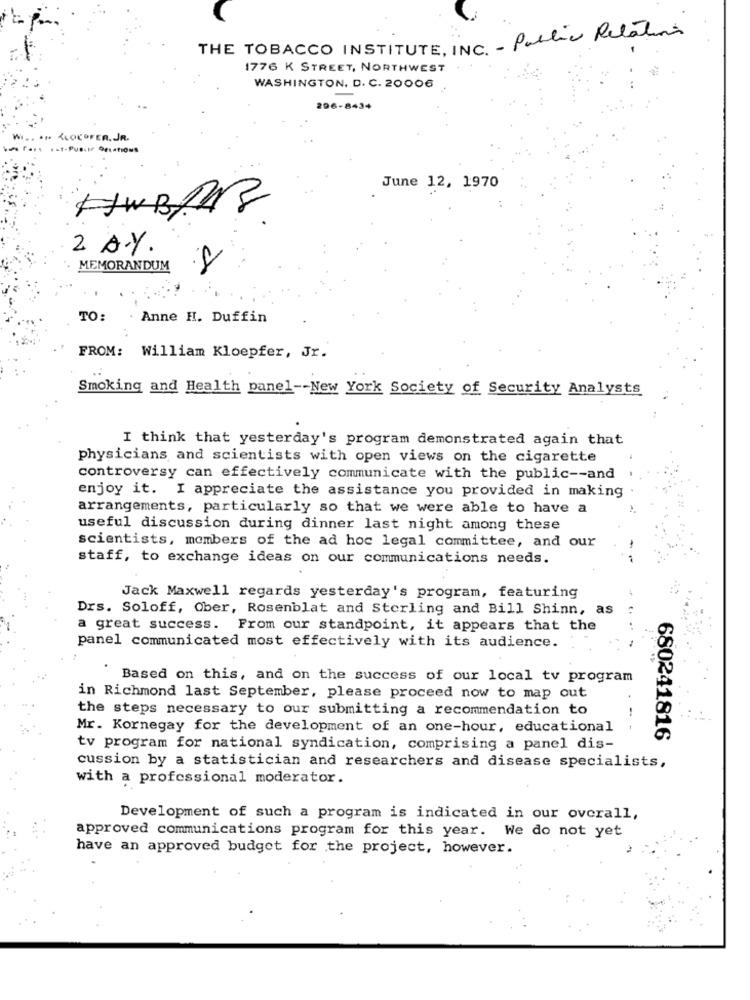
THE TOBACCO INSTITUTE, INC. - Public Relations
1776 K STREET, NORTHWEST
WASHINGTON, D. C. 20006
296-8434
OFER. JR.
Pus.if Detations
June 12, 1970
HWBRAZ
2 AY.
MEMORANDUM
TO:
Anne H. Duffin
FROM: William Kloepfer, Jr.
Smoking and Health panel -- New York Society of Security Analysts
I think that yesterday's program demonstrated again that
physicians and scientists with open views on the cigarette
controversy can effectively communicate with the public -- and
enjoy it. I appreciate the assistance you provided in making
arrangements, particularly so that we were able to have a
useful discussion during dinner last night among these
scientists, members of the ad hoc legal committee, and our
staff, to exchange ideas on our communications needs.
Jack Maxwell regards yesterday's program, featuring
Drs. Soloff, Ober, Rosenblat and Sterling and Bill Shinn, as
a great success. From our standpoint, it appears that the
panel communicated most effectively with its audience.
Based on this, and on the success of our local tv program
in Richmond last September, please proceed now to map out
the steps necessary to our submitting a recommendation to
Mr. Kornegay for the development of an one-hour, educational
680241816
tv program for national syndication, comprising a panel dis-
cussion by a statistician and researchers and disease specialists,
with a professional moderator.
Development of such a program is indicated in our overall,
approved communications program for this year. We do not yet
have an approved budget for the project, however.